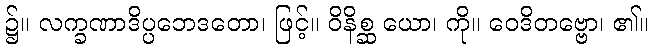
၌။ လက္ခဏာဒိပ္ပဘေဒတော၊ ဖြင့်။ ဝိနိစ္ဆ ယော၊ ကို။ ဝေဒိတဗ္ဗော၊ ၏။